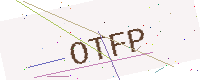
Text: OTFP